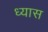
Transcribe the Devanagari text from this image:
ध्‍यास